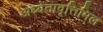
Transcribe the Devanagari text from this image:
अध्येतावृत्तिमिल